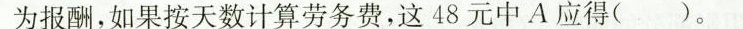
为报酬，如果按天数计算劳务费，这48元中A应得( )。